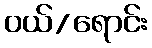
ဝယ်/ရောင်း